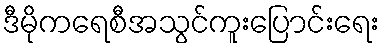
ဒီမိုကရေစီအသွင်ကူးပြောင်းရေး